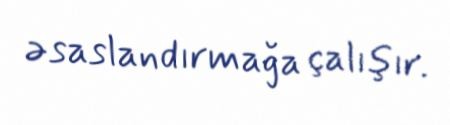
əsaslandırmağa çalışır.